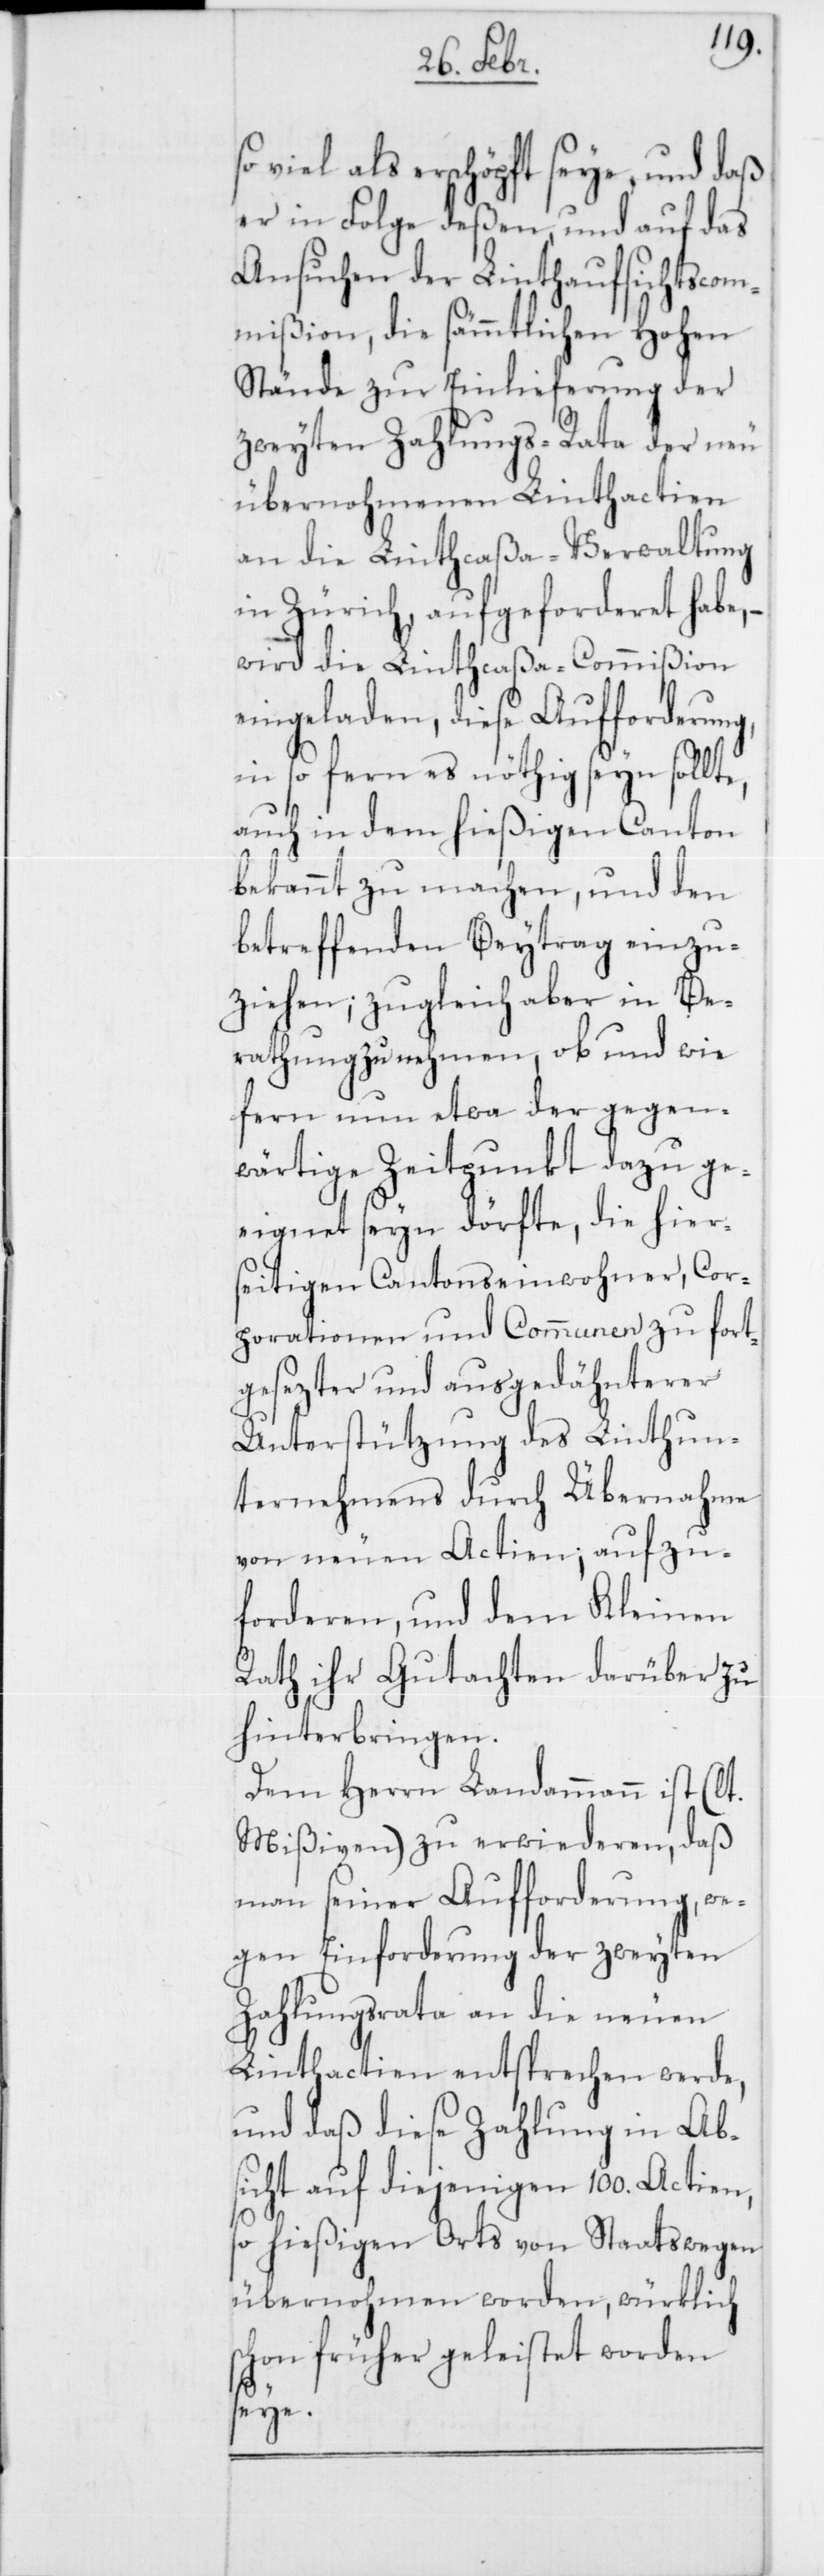
so viel als erschöpft seye, und daß
er in Folge deßen, und auf das
Ansuchen der Linthaufsichtscom¬
mißion, die sämmtlichen Hohen
Stände zur Einlieferung der
zweyten Zahlungs-Rata der neu
übernohmenen Linthactien
an die Linthcaßa-Verwaltung
in Zürich, aufgeforderet habe,
wird die Linthcaßa-Commißion
eingeladen, diese Aufforderung,
in so fern es nöthig seyn sollt¬
auch in dem hießigen Canton
bekannt zu machen, und den
betreffenden Beytrag einzu¬
ziehen; zugleich aber in Be¬
rathung zu nehmen, ob und wie
fern nun etwa der gegen¬
wärtige Zeitpunkt dazu ge¬
eignet seyn dörfte, die hier¬
seitigen Cantonseinwohner, Cor¬
porationen und Communen zu fort¬
gesezter und ausgedähnterer
Unterstützung des Linthun¬
ternehmens durch Übernahme
von neuen Actien; aufzu¬
forderen, und dem Kleinen
Rath ihr Gutachten darüber zu
hinterbringen.
Dem Herrn Landammann ist (lt.
Mißiven) zu erwiederen, daß
man seiner Aufforderung, we¬
gen Einforderung der zweyten
Zahlungsrata an die neuen
Linthactien entsprechen werde,
und daß diese Zahlung in Ab¬
sicht auf diejenigen 100. Actien,
so hießigen Orts von Staatswegen
übernohmen worden, würklich
schon früher geleistet worden
seye.